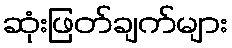
ဆုံးဖြတ်ချက်များ